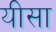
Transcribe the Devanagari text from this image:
यीसा